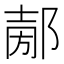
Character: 𨜤